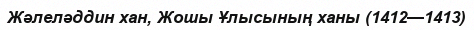
Жәлеләддин хан, Жошы Ұлысының ханы (1412—1413)